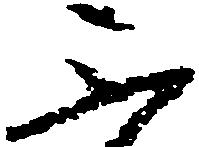
不